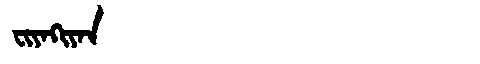
Manchu: ᠸᡳᠶᠠᡴᡳᠶᠠᠨ
Romanization: FIYAKIYAN